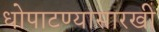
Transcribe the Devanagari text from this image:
धोपाटण्यासारखी